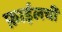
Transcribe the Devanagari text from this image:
फ़ाईलची